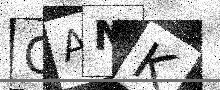
Text: QANK